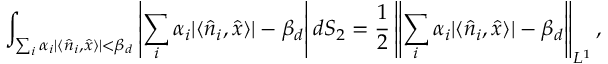
\int _ { \sum _ { i } \alpha _ { i } | \langle \hat { n } _ { i } , \hat { x } \rangle | < \beta _ { d } } \left| \sum _ { i } \alpha _ { i } | \langle \hat { n } _ { i } , \hat { x } \rangle | - \beta _ { d } \right| d S _ { 2 } = \frac { 1 } { 2 } \left\lVert \sum _ { i } \alpha _ { i } | \langle \hat { n } _ { i } , \hat { x } \rangle | - \beta _ { d } \right\rVert _ { L ^ { 1 } } ,